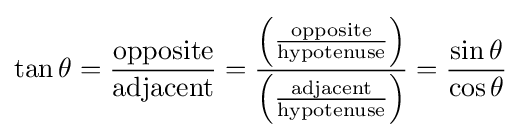
\tan \theta ={\frac {\mathrm {opposite} }{\mathrm {adjacent} }}={\frac {\left({\frac {\mathrm {opposite} }{\mathrm {hypotenuse} }}\right)}{\left({\frac {\mathrm {adjacent} }{\mathrm {hypotenuse} }}\right)}}={\frac {\sin \theta }{\cos \theta }}